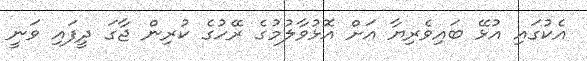
އެކުގައި އުޅޭ ބައިވެރިޔާ އަށް އޮޅުވާލުމުގެ ރޭހުގެ ކުރިން ޖާގަ ދީފައި ވަނީ